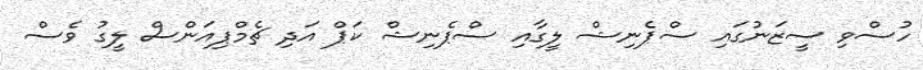
ހުސްވި ސީޒަނުގައި ސްޕެނިޝް ލީގާއި ސްޕެނިޝް ކަޕް އަދި ޗެމްޕިއަންސް ލީގު ވެސް